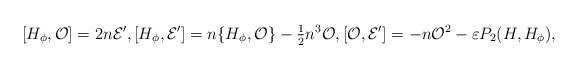
LaTeX: \begin{align*} [H_{\phi}, {\cal O}] = 2n {\cal E}', [H_{\phi}, {\cal E}'] = n \{H_{\phi}, {\cal O}\} - \tfrac{1}{2} n^3 {\cal O}, [{\cal O}, {\cal E}'] = -n {\cal O}^2 - \varepsilon P_2(H,H_{\phi}), \end{align*}